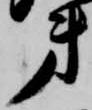
第